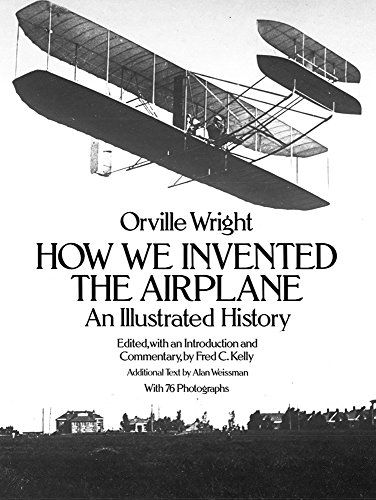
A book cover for How We Invented the Airplane: An Illustrated History (Dover Transportation); Orville Wright; Crafts, Hobbies & Home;